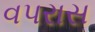
વપરાસ